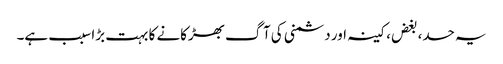
یہ حسد، بغض، کینہ اور دشمنی کی آگ بھڑکانے کا بہت بڑا سبب ہے۔